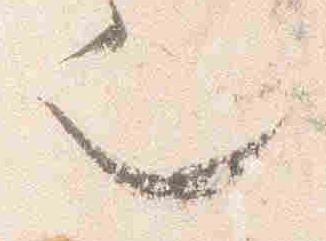
也